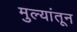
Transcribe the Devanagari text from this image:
मुल्यांतून